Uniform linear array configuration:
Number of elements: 8
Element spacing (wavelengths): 0.75
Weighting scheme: kaiser
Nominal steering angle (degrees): -45
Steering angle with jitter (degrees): -46.569
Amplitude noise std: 0.05
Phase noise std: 0.05

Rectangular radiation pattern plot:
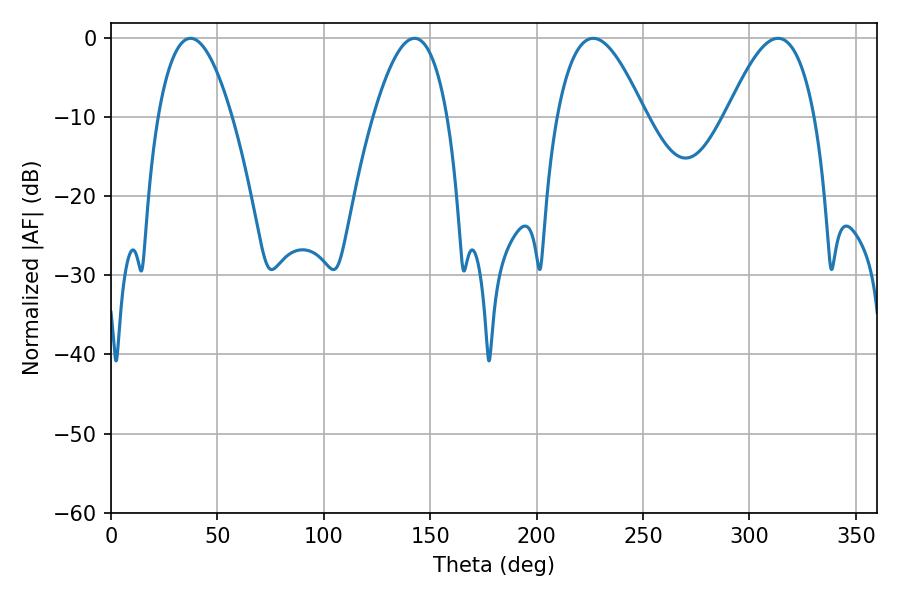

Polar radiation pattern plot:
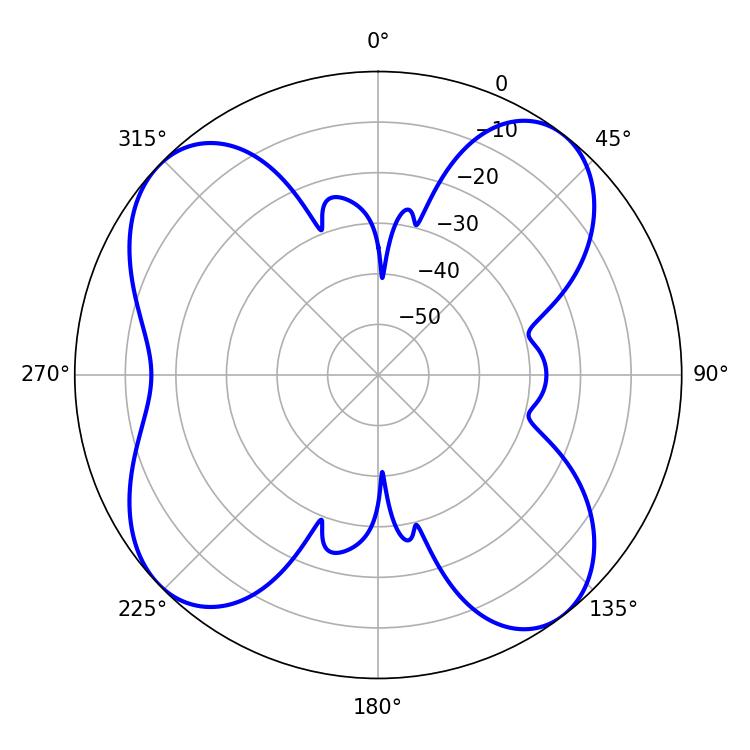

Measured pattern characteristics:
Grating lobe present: TRUE
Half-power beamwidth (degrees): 22.5
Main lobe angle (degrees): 226.62